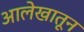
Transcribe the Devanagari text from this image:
आलेखातून